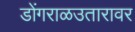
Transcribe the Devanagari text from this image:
डोंगराळउतारावर